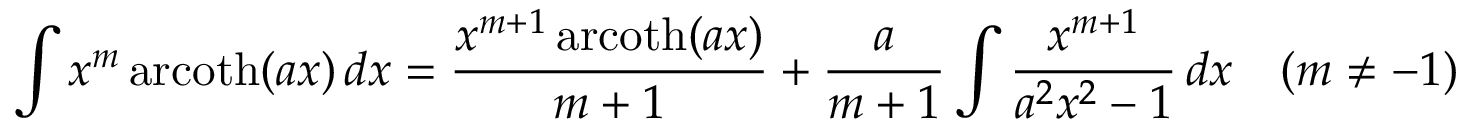
\int x ^ { m } \operatorname { a r c o t h } ( a x ) \, d x = { \frac { x ^ { m + 1 } \operatorname { a r c o t h } ( a x ) } { m + 1 } } + { \frac { a } { m + 1 } } \int { \frac { x ^ { m + 1 } } { a ^ { 2 } x ^ { 2 } - 1 } } \, d x \quad ( m \neq - 1 )